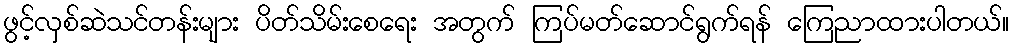
ဖွင့်လှစ်ဆဲသင်တန်းများ ပိတ်သိမ်းစေရေး အတွက် ကြပ်မတ်ဆောင်ရွက်ရန် ကြေညာထားပါတယ်။